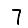
Digit: 7